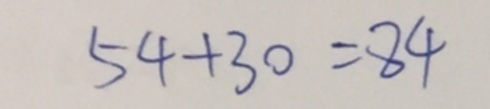
5 4 + 3 0 = 8 4